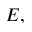
E ,